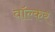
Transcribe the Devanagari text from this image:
वॉल्कर